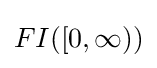
FI([0,\infty ))